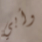
وأبي